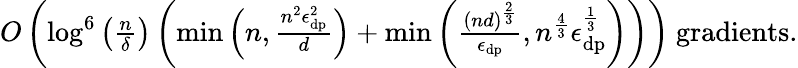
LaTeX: \begin{array}{r}{O\left(\log^{6}\left(\frac n\delta\right)\left(\operatorname*{min}\left(n,\frac{n^{2}\epsilon_{\textup{dp}}^{2}}{d}\right)+\operatorname*{min}\left(\frac{(nd)^{\frac 23}}{\epsilon_{\textup{dp}}},n^{\frac 43}\epsilon_{\textup{dp}}^{\frac 13}\right)\right)\right)\mathrm{~gradients.}}\end{array}